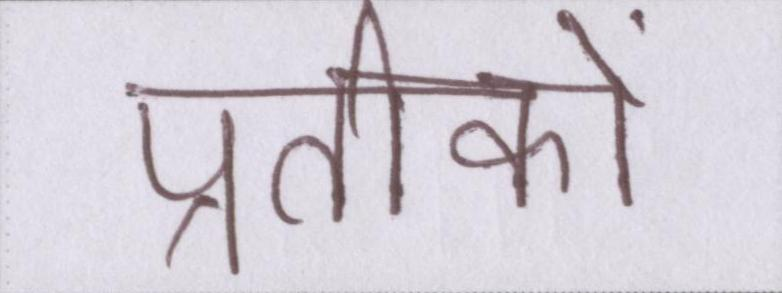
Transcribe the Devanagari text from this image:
प्रतीकों